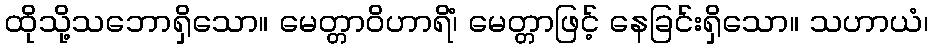
ထိုသို့သဘောရှိသော။ မေတ္တာဝိဟာရိံ၊ မေတ္တာဖြင့် နေခြင်းရှိသော။ သဟာယံ၊